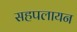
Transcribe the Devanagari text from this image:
सहपलायन